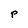
Character: P